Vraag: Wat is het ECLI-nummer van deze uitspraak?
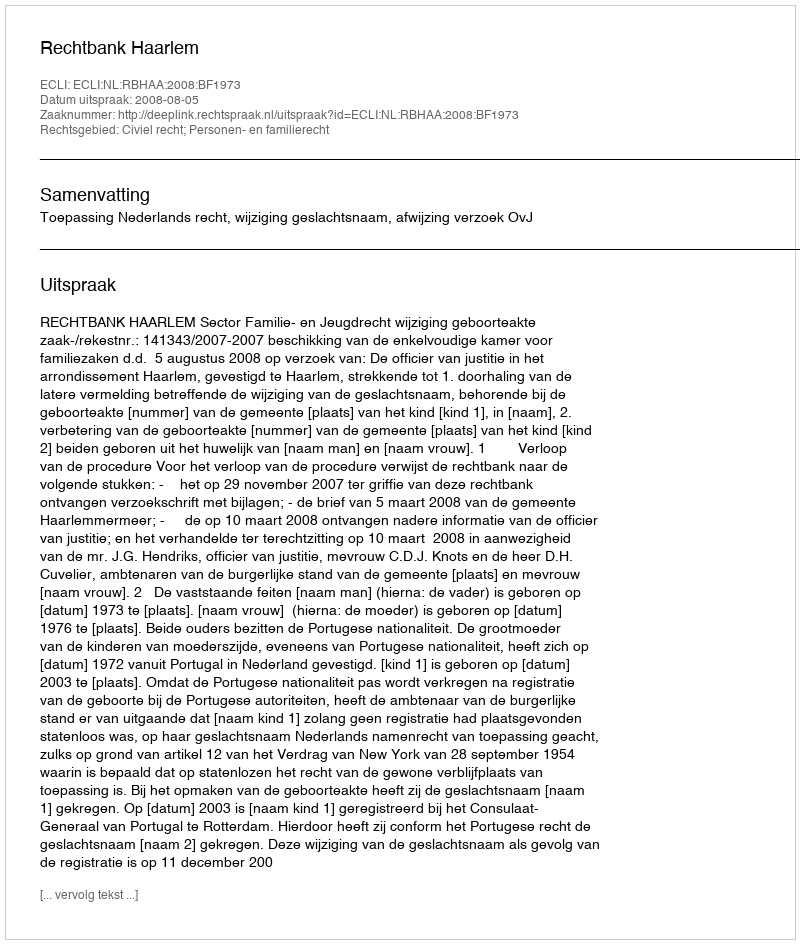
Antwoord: ECLI:NL:RBHAA:2008:BF1973